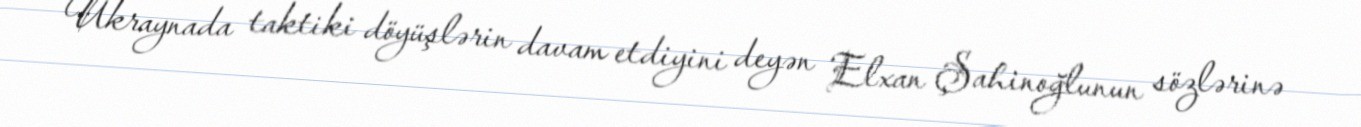
Ukraynada taktiki döyüşlərin davam etdiyini deyən Elxan Şahinoğlunun sözlərinə